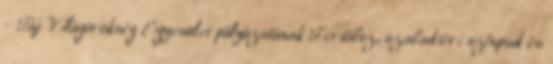
- Táj Világörökség Egyesület pályázatának Fertőboz, szabadtéri színpad és